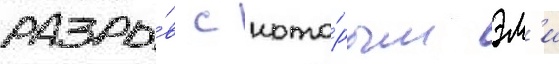
разры́в с кото́рым эм'и